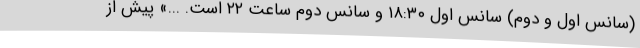
(سانس اول و دوم) سانس اول ۱۸:۳۰ و سانس دوم ساعت ۲۲ است. ...» پیش از